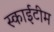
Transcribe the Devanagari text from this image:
स्‍काईटीम